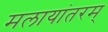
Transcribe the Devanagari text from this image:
मलायांतरम्‌